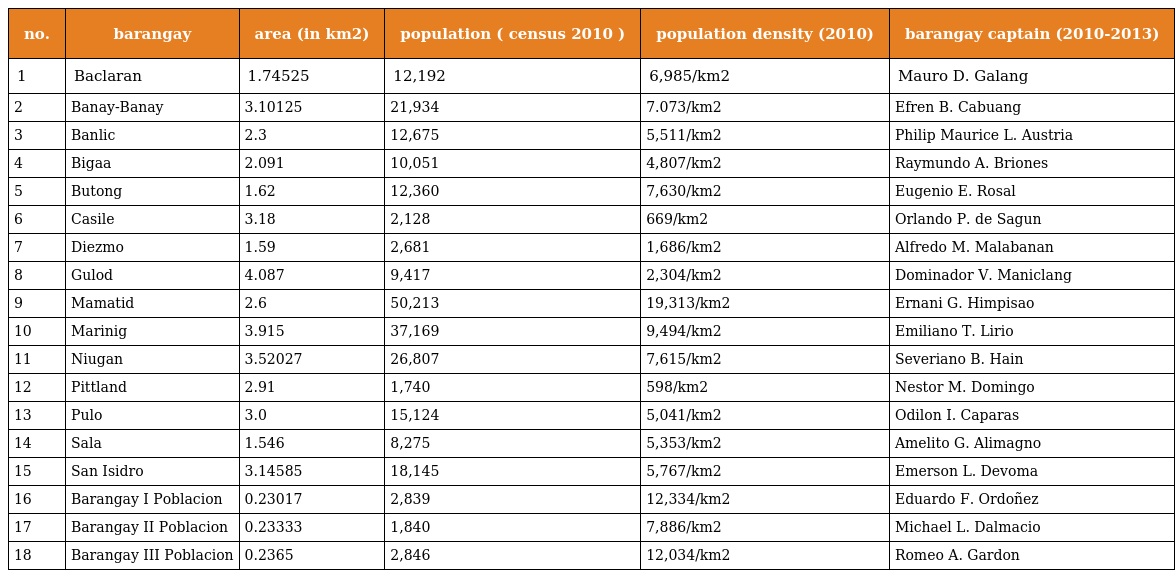
| no. | barangay | area (in km2) | population ( census 2010 ) | population density (2010) | barangay captain (2010-2013) |
 | --- | --- | --- | --- | --- | --- |
 | 1 | Baclaran | 1.74525 | 12,192 | 6,985/km2 | Mauro D. Galang |
 | 2 | Banay-Banay | 3.10125 | 21,934 | 7.073/km2 | Efren B. Cabuang |
 | 3 | Banlic | 2.3 | 12,675 | 5,511/km2 | Philip Maurice L. Austria |
 | 4 | Bigaa | 2.091 | 10,051 | 4,807/km2 | Raymundo A. Briones |
 | 5 | Butong | 1.62 | 12,360 | 7,630/km2 | Eugenio E. Rosal |
 | 6 | Casile | 3.18 | 2,128 | 669/km2 | Orlando P. de Sagun |
 | 7 | Diezmo | 1.59 | 2,681 | 1,686/km2 | Alfredo M. Malabanan |
 | 8 | Gulod | 4.087 | 9,417 | 2,304/km2 | Dominador V. Maniclang |
 | 9 | Mamatid | 2.6 | 50,213 | 19,313/km2 | Ernani G. Himpisao |
 | 10 | Marinig | 3.915 | 37,169 | 9,494/km2 | Emiliano T. Lirio |
 | 11 | Niugan | 3.52027 | 26,807 | 7,615/km2 | Severiano B. Hain |
 | 12 | Pittland | 2.91 | 1,740 | 598/km2 | Nestor M. Domingo |
 | 13 | Pulo | 3.0 | 15,124 | 5,041/km2 | Odilon I. Caparas |
 | 14 | Sala | 1.546 | 8,275 | 5,353/km2 | Amelito G. Alimagno |
 | 15 | San Isidro | 3.14585 | 18,145 | 5,767/km2 | Emerson L. Devoma |
 | 16 | Barangay I Poblacion | 0.23017 | 2,839 | 12,334/km2 | Eduardo F. Ordoñez |
 | 17 | Barangay II Poblacion | 0.23333 | 1,840 | 7,886/km2 | Michael L. Dalmacio |
 | 18 | Barangay III Poblacion | 0.2365 | 2,846 | 12,034/km2 | Romeo A. Gardon |